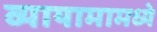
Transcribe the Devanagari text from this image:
व्यायामामध्ये